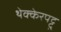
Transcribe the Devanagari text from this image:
थेक्केरपट्टु